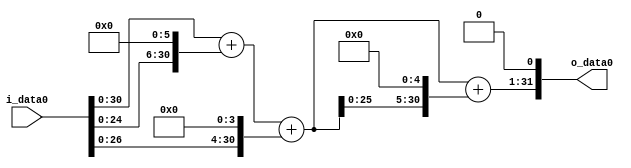
module multiplier_block (
    i_data0,
    o_data0
);

  // Port mode declarations:
  input   [31:0] i_data0;
  output  [31:0]
    o_data0;

  //Multipliers:

  wire [31:0]
    w1,
    w64,
    w65,
    w16,
    w81,
    w2592,
    w2673,
    w5346;

  assign w1 = i_data0;
  assign w16 = w1 << 4;
  assign w2592 = w81 << 5;
  assign w2673 = w81 + w2592;
  assign w5346 = w2673 << 1;
  assign w64 = w1 << 6;
  assign w65 = w1 + w64;
  assign w81 = w65 + w16;

  assign o_data0 = w5346;

  //multiplier_block area estimate = 4630.34891076765;
endmodule